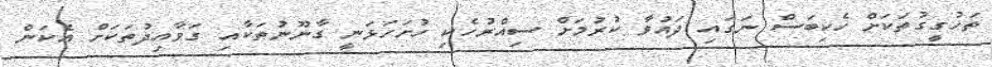
ތަހުގީގުތަކަށް ހެކިބަސް ނަގައި ދައުވާ ކުރުމަށް ސިއްރުހެކި ހުށަހަޅަނީ ގާނޫނުތަކާއި ގަވާއިދުތަކަށް އެކަން